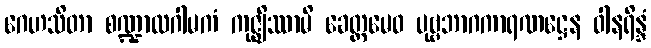
ဂေဟသိတာ စဏ္ဍာလဂါမကံ ကုဇ္ဈိဿာမိ ခေတ္တမေဝ ပုဗ္ဗဘာဂကာရဏဋ္ဌေန ဝါနရိန္ဒံ